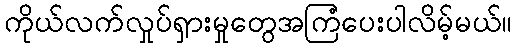
ကိုယ်လက်လှုပ်ရှားမှုတွေအကြံပေးပါလိမ့်မယ်။